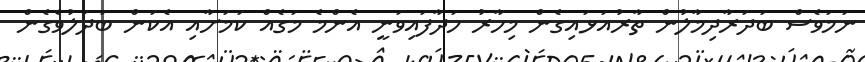
ނަމަވެސް ބަދަރާދިމާލުން ތާރުއަޅައިގެން މިހާރު ހަދާފައިވަނީ އެންމެ މަގެއް ކަމަށާއި އެކަން ބަދަލުވެގެން